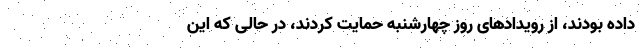
داده بودند، از رویدادهای روز چهارشنبه حمایت کردند، در حالی که این